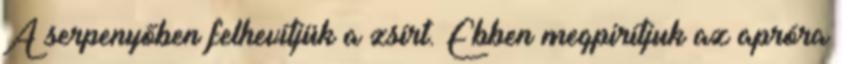
A serpenyőben felhevítjük a zsírt. Ebben megpirítjuk az apróra